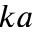
k a